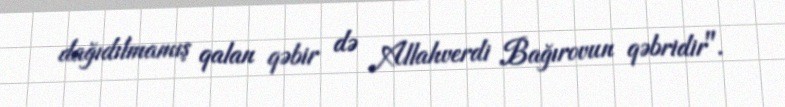
dağıdılmamış qalan qəbir də Allahverdi Bağırovun qəbridir".